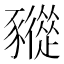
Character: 𧲓